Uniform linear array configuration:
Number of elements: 48
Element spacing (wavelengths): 0.25
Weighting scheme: binomial
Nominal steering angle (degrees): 30
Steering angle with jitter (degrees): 28.524
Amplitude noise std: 0.05
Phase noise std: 0.05

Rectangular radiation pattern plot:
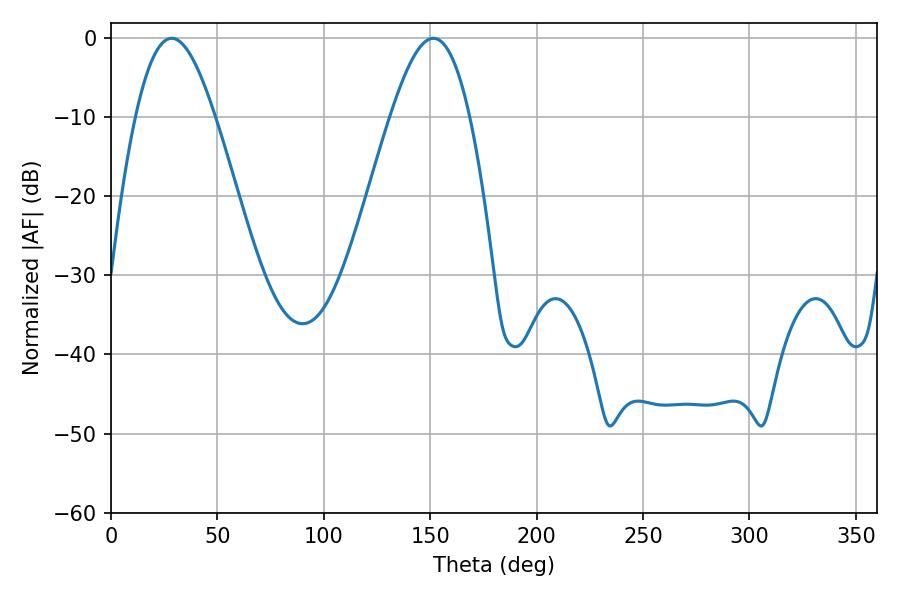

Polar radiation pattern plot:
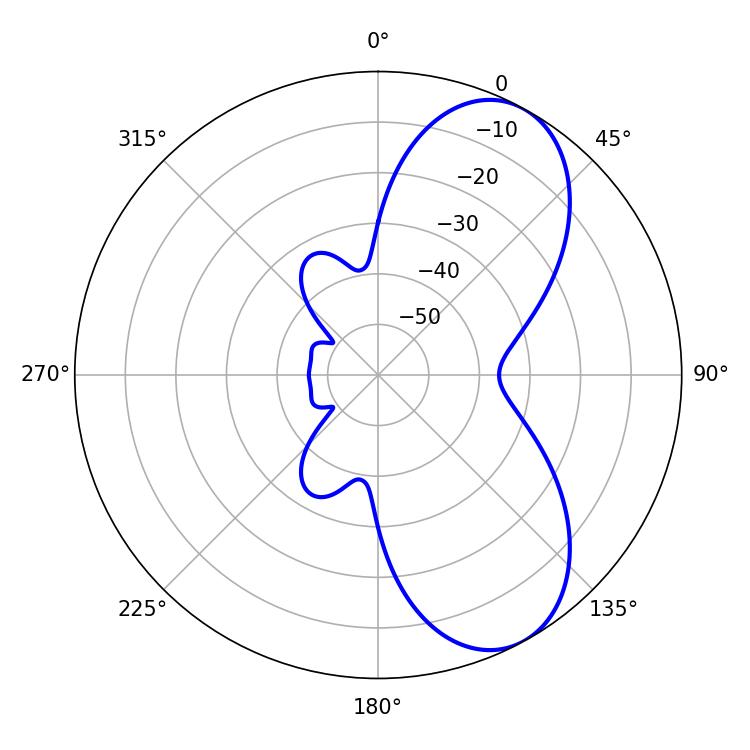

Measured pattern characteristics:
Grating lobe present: FALSE
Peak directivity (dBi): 7.289
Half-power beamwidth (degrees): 20.16
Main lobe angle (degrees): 28.44